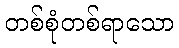
တစ်စုံတစ်ရာသော